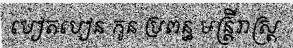
បៀតបៀន កូន ប្រពន្ធ មន្ត្រីរាស្ត្រ